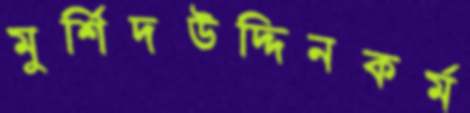
মুর্শিদউদ্দিনকর্ম